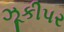
ઝૂકીપર